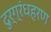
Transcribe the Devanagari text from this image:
दुर्ग्रंधहरण